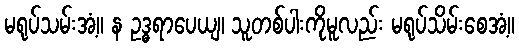
မရုပ်သမ်းအံ့။ န ဥဒ္ဓရာပေယျ၊ သူတစ်ပါးကိုမူလည်း မရုပ်သိမ်းစေအံ့။